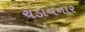
ચડાવનાર